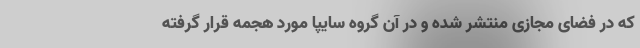
كه در فضای مجازی منتشر شده و در آن گروه سایپا مورد هجمه قرار گرفته